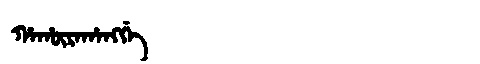
Manchu: ᡥᠠᡥᡡᡵᠠᡥᠠᠩᡤᡝ
Romanization: HAHŪRAHANGGE